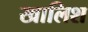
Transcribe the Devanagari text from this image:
खालिश